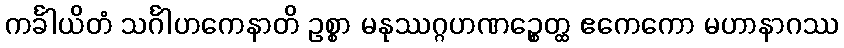
ကင်္ခါယိတံ သင်္ဂါဟကေနာတိ ဥစ္စာ မနုဿဂ္ဂဟဏဉ္စေတ္ထ ဧကေကော မဟာနာဂဿ